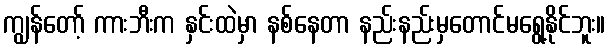
ကျွန်တော့် ကားဘီးက နှင်းထဲမှာ နစ်နေတာ နည်းနည်းမှတောင်မရွေ့နိုင်ဘူး။